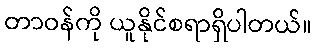
တာဝန်ကို ယူနိုင်စရာရှိပါတယ်။